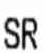
SR